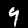
Label: 9